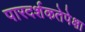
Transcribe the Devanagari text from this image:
पारदर्शकतेपेक्षा